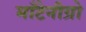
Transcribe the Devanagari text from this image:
माँटेनीग्रो